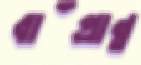
বাঁপ্রান্ত